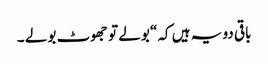
باقی دو یہ ہیں کہ“ بولے تو جھوٹ بولے ۔